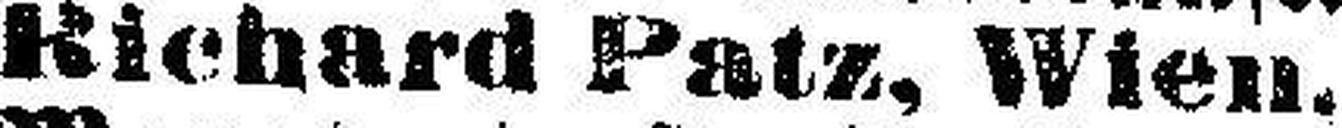
Richard Patz, Wien.